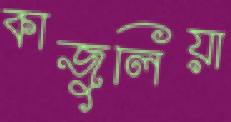
কাজুলিয়া